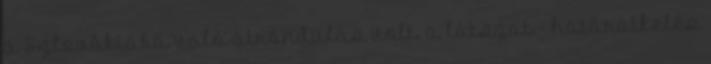
a Szlovákiába való átrándulás volt, a látszat - határátkelés